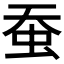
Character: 𧉕